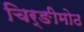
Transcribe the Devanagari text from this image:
चिर्ङीमोठ